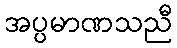
အပ္ပမာဏသညီ